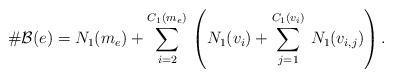
LaTeX: \begin{align*}\#\mathcal{B}(e)=N_1(m_e)+\sum_{i=2}^{C_1(m_e)}\,\left(N_1(v_i)+\sum_{j=1}^{C_1(v_i)}\,N_1(v_{i,j})\right).\end{align*}